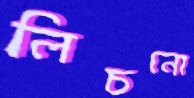
লিচনো